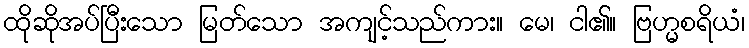
ထိုဆိုအပ်ပြီးသော မြတ်သော အကျင့်သည်ကား။ မေ၊ ငါ၏။ ဗြဟ္မစရိယံ၊